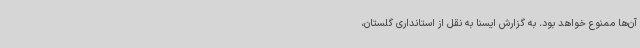
آن‌ها ممنوع خواهد بود. به گزارش ایسنا به نقل از استانداری گلستان،